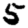
Digit: 5